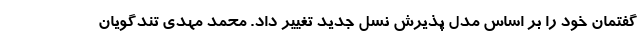
گفتمان خود را بر اساس مدل پذیرش نسل جدید تغییر داد. محمد مهدی تندگویان